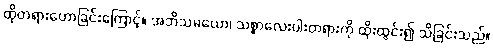
ထိုတရားဟောခြင်းကြောင့်။ အဘိသမယော၊ သစ္စာလေးပါးတရားကို ထိုးထွင်း၍ သိခြင်းသည်။